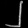
Digit: ၂